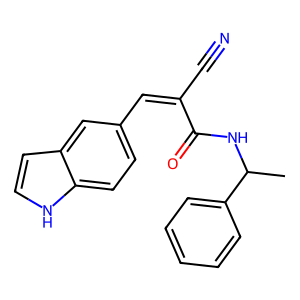
SMILES: CC(NC(=O)C(C#N)=Cc1ccc2[nH]ccc2c1)c1ccccc1
Inhibits HIV replication: No